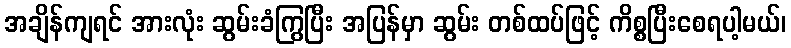
အချိန်ကျရင် အားလုံး ဆွမ်းခံကြွပြီး အပြန်မှာ ဆွမ်း တစ်ထပ်ဖြင့် ကိစ္စပြီးစေရပါ့မယ်၊